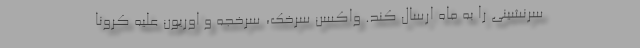
سرنشینی را به ماه ارسال کند. واکسن سرخک، سرخجه و اوریون علیه کرونا